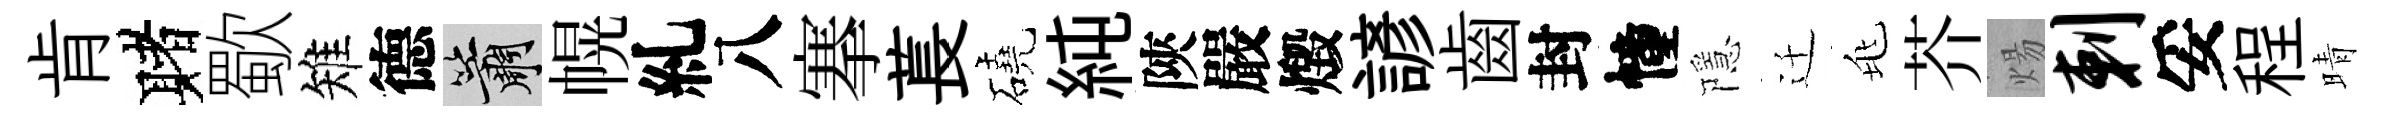
肯赌歜雉德簫幌糺八搴萇磽純陝嚴燬諺齒封幢隱迁兆芥煬剌妥程晴